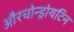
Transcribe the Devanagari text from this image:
औरचोन्ड्रोयटिन